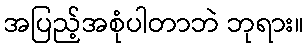
အပြည့်အစုံပါတာဘဲ ဘုရား။